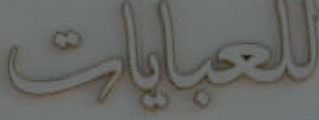
للعبايات